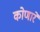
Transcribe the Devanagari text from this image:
कोणारे